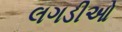
લગડીઓ